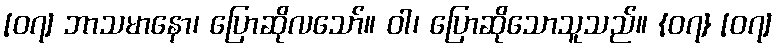
[၀၇] ဘာသမာနော၊ ပြောဆိုလသော်။ ဝါ၊ ပြောဆိုသောသူသည်။ {၀၇} [၀၇]